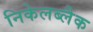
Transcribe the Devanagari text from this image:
निकेलब्लैक